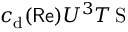
c _ { \mathrm d } ( \mathsf { R e } ) U ^ { 3 } T \operatorname { S }